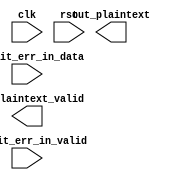
module Decoder (
    input clk,
    input rst,
    input [11:0] one_bit_err_in_data,
    input one_bit_err_in_valid,
    output reg [7:0] out_plaintext,
    output reg out_plaintext_valid
);



endmodule